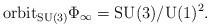
\begin{align*}\mbox{orbit}_{\mbox{{\scriptsize SU}}(3)}\Phi_{\infty}=\mbox{SU}(3)/\mbox{U}(1)^2.\end{align*}